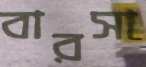
বারসা